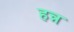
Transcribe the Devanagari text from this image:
हन्न